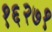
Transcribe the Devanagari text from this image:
१६२७१